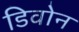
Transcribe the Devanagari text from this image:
डिवोन